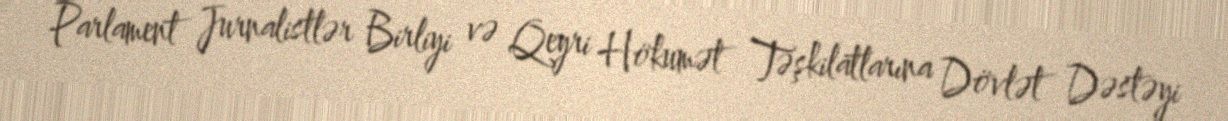
Parlament Jurnalistlər Birliyi və Qeyri Hökumət Təşkilatlarına Dövlət Dəstəyi